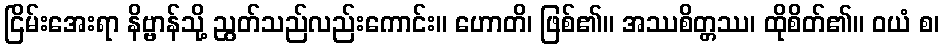
ငြိမ်းအေးရာ နိဗ္ဗာန်သို့ ညွတ်သည်လည်းကောင်း။ ဟောတိ၊ ဖြစ်၏။ အဿစိတ္တဿ၊ ထိုစိတ်၏။ ဝယံ စ၊